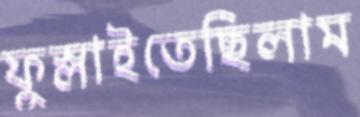
ফুস্‌লাইতেছিলাম